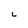
Character: L